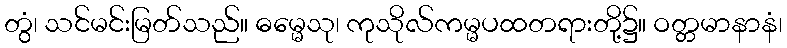
တွံ၊ သင်မင်းမြတ်သည်။ ဓမ္မေသု၊ ကုသိုလ်ကမ္မပထတရားတို့၌။ ဝတ္တမာနာနံ၊